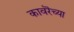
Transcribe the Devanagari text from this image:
कावरॆच्या